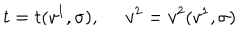
LaTeX: t = t ( v ^ { 1 } , \sigma ) , \ \; v ^ { 2 } = v ^ { 2 } ( v ^ { 1 } , \sigma )